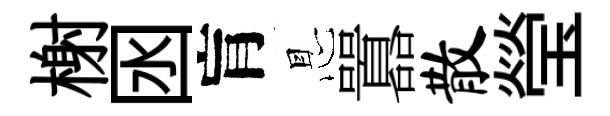
榭囦肓㤙囂散瑩